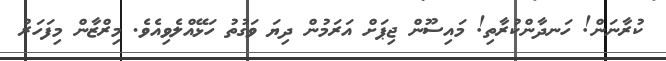
ކުރާނަން! ހަނދާންކުރާތި! މައިސޫން ޖިޕަށް އަރަމުން ދިޔަ ވަގުތު ހަޅޭއްލެވިއެވެ. މިރްޒާން މިފަހަރު